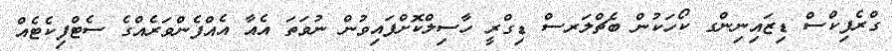
ގްރެފިކްސް ޑިޒައިނިންގ ކޯހަކުން ބެޗްލަރސް ޑިގްރީ ހާސިލްކޮށްފައިވުން ނުވަތަ އެއާ އެއްފެންވަރެއްގެ ސެޓްފިކެޓެއް